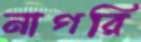
নাগরি